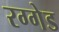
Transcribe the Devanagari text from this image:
रग्गेड